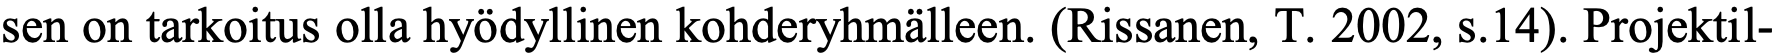
sen on tarkoitus olla hyödyllinen kohderyhmälleen. (Rissanen, T. 2002, s.14). Projektil-